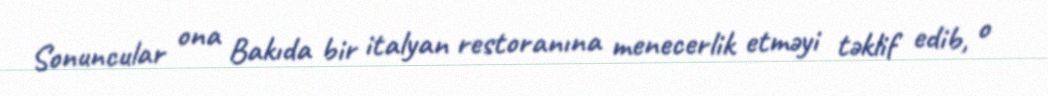
Sonuncular ona Bakıda bir italyan restoranına menecerlik etməyi təklif edib, o